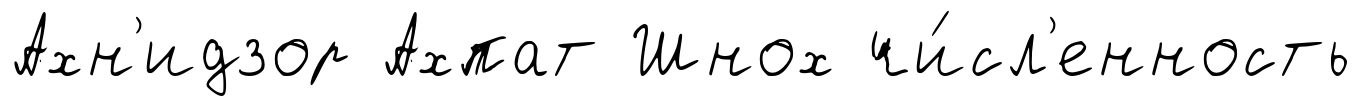
Ахн'идзор Ахпат Шнох чи́сл'енность